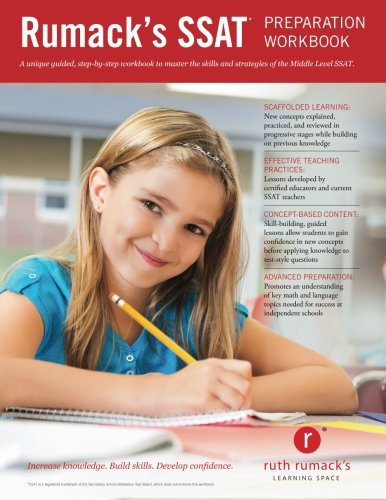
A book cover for Rumack's SSAT Preparation Workbook; J. Andrew Drake; Test Preparation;